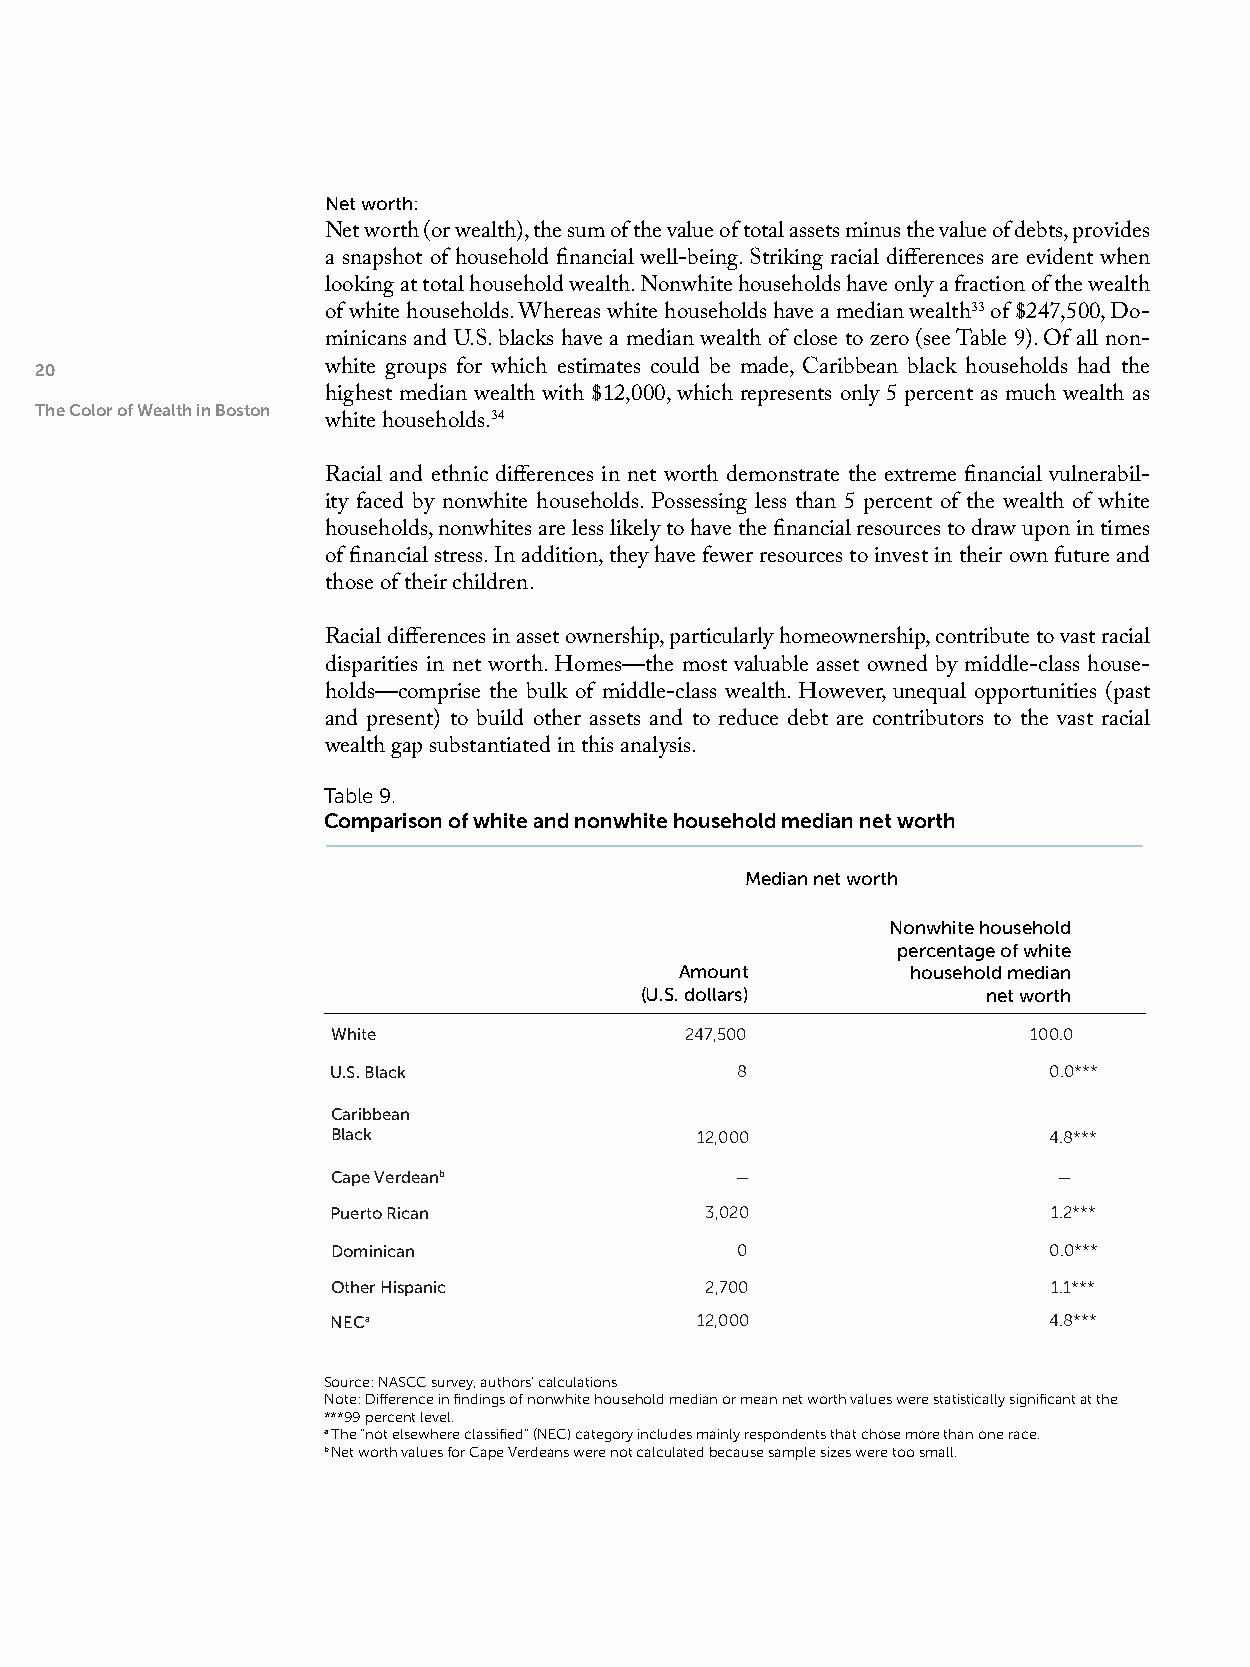
Net worth:
 Net worth (or wealth), the sum of the value of total assets minus the value of debts, provides
 a snapshot of household financial well-being. Striking racial differences are evident when
 looking at total household wealth. Nonwhite households have only a fraction of the wealth
 of white households. Whereas white households have a median wealth33 of $247,500, Do-
 minicans and U.S. blacks have a median wealth of close to zero (see Table 9). Of all non-
 20                  white groups for which estimates could be made, Caribbean black households had the
 highest median wealth with $12,000, which represents only 5 percent as much wealth as
 The Color of Wealth in Boston
 white households.34
 Racial and ethnic differences in net worth demonstrate the extreme financial vulnerabil-
 ity faced by nonwhite households. Possessing less than 5 percent of the wealth of white
 households, nonwhites are less likely to have the financial resources to draw upon in times
 of financial stress. In addition, they have fewer resources to invest in their own future and
 those of their children.
 Racial differences in asset ownership, particularly homeownership, contribute to vast racial
 disparities in net worth. Homes—the most valuable asset owned by middle-class house-
 holds—comprise the bulk of middle-class wealth. However, unequal opportunities (past
 and present) to build other assets and to reduce debt are contributors to the vast racial
 wealth gap substantiated in this analysis.
 Table 9.
 Comparison of white and nonwhite household median net worth
 Median net worth
 Nonwhite household
 percentage of white
 Amount         household median
 (U.S. dollars)         net worth
 White                  247,500                100.0
 U.S. Black                 8                   0.0***
 Caribbean
 Black                   12,000                 4.8***
 Cape Verdeanb              —                    —
 Puerto Rican             3,020                  1.2***
 Dominican                  0                   0.0***
 Other Hispanic           2,700                  1.1***
 NECa                    12,000                 4.8***
 Source: NASCC survey, authors’ calculations
 Note: Difference in findings of nonwhite household median or mean net worth values were statistically significant at the
 ***99 percent level.
 a The “not elsewhere classified” (NEC) category includes mainly respondents that chose more than one race.
 b Net worth values for Cape Verdeans were not calculated because sample sizes were too small.